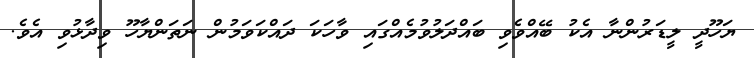
ޔަހޫދީ ލީޑަރުންނާ އެކު ބޭއްވެވި ބައްދަލުވުމެއްގައި ވާހަކަ ދައްކަވަމުން ނަތަންޔާހޫ ވިދާޅުވި އެވެ.